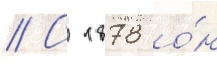
// С 1878 о́н